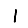
Digit: 1